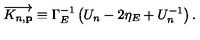
\overrightarrow { K _ { n , \mathbf { p } } } \equiv \Gamma _ { E } ^ { - 1 } \left( U _ { n } - 2 \eta _ { E } + U _ { n } ^ { - 1 } \right) .